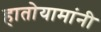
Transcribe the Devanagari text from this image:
हातोयामांनी